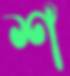
শ